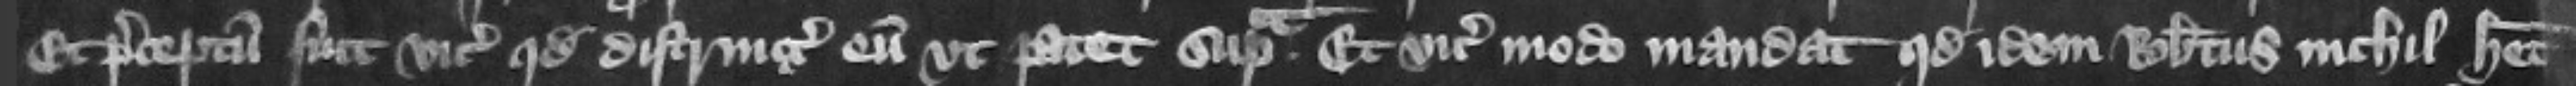
Et preceptum fuit vicecomiti quod distringeret eum vt patet supra. Et vicecomes modo mandat quod idem Robertus nichil habet